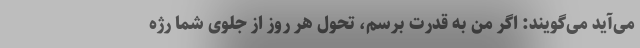
می‌آید می‌گویند: اگر من به قدرت برسم، تحول هر روز از جلوی شما رژه